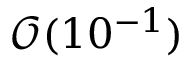
\mathcal { O } ( 1 0 ^ { - 1 } )